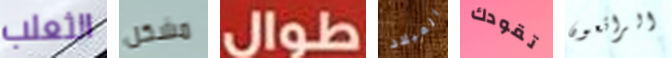
الثعلب مشكل طوال الميلاد تقودك الرائعون